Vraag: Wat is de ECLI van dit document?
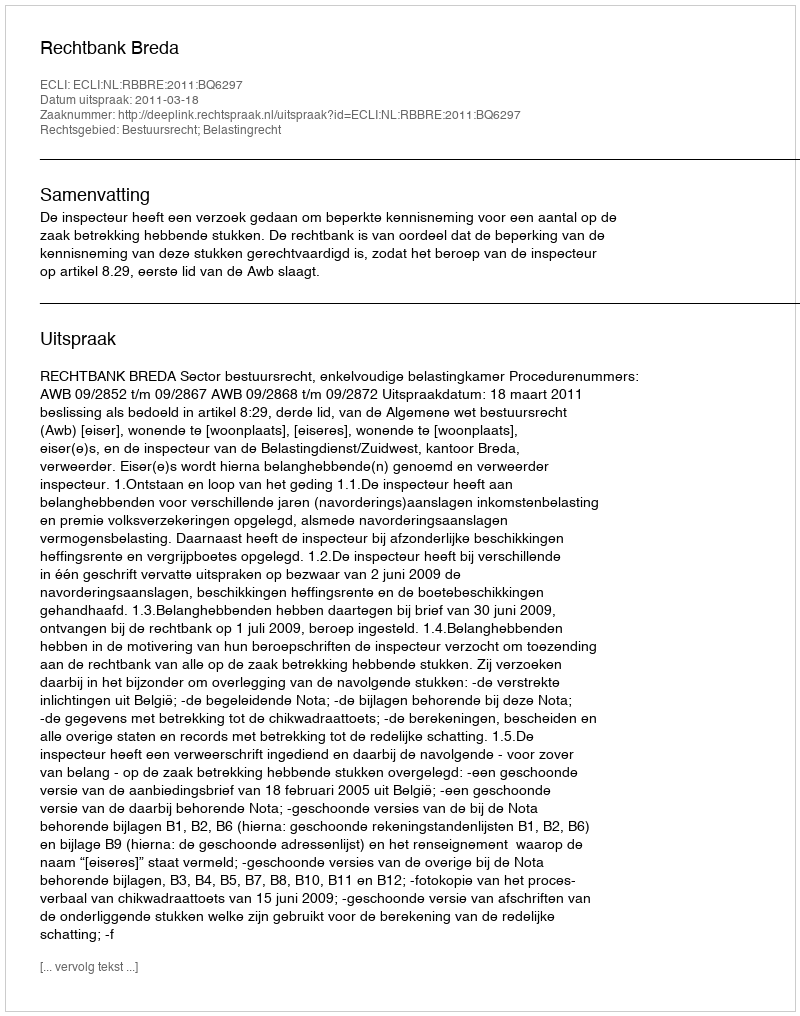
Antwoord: ECLI:NL:RBBRE:2011:BQ6297